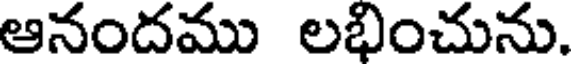
ఆనందము లభించును.